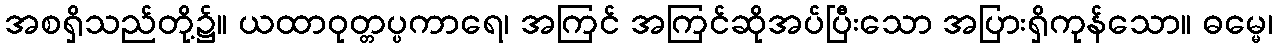
အစရှိသည်တို့၌။ ယထာဝုတ္တပ္ပကာရေ၊ အကြင် အကြင်ဆိုအပ်ပြီးသော အပြားရှိကုန်သော။ ဓမ္မေ၊